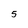
Character: 5